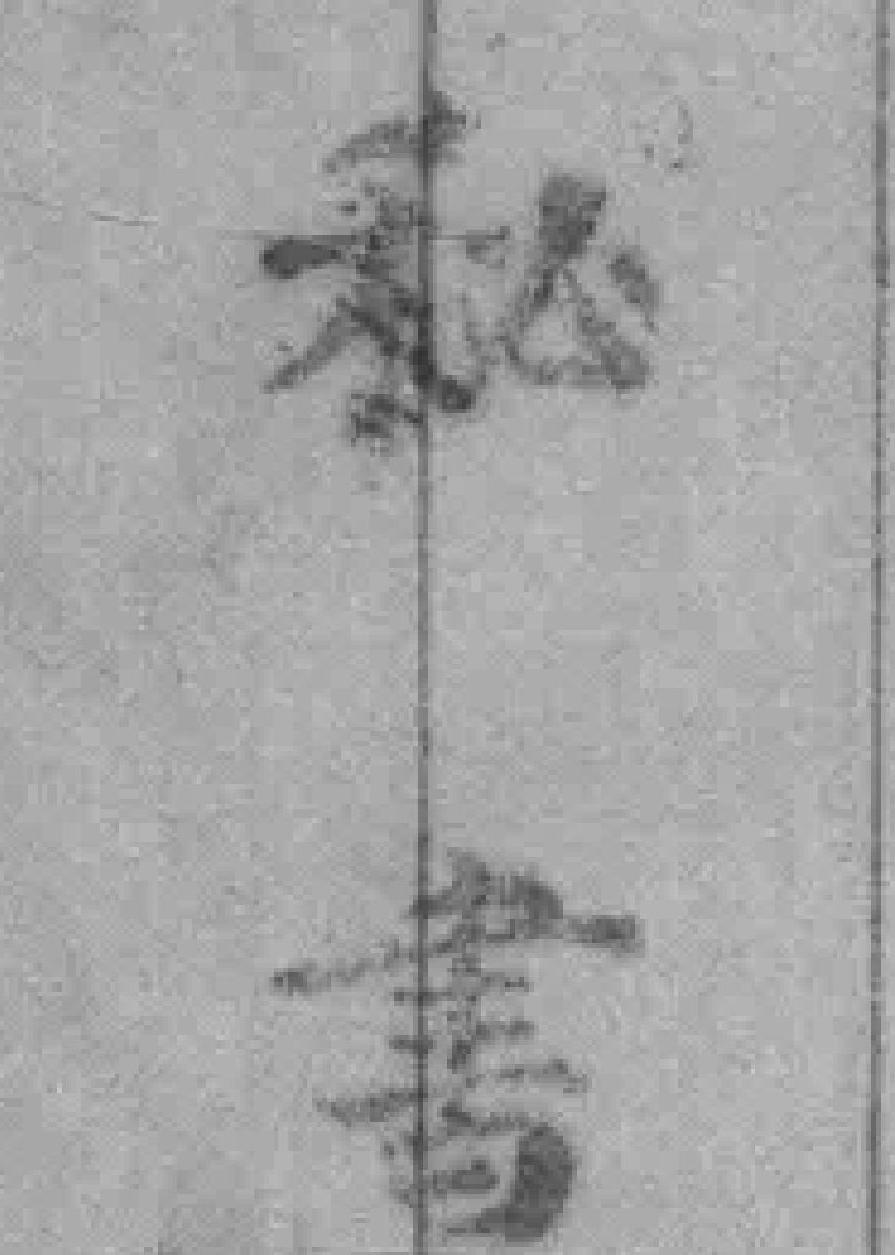
秘書